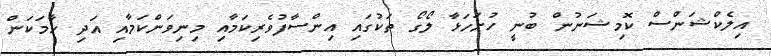
އިލެކްޝަންސް ކޮމިޝަނުން ބުނީ ހުށަހަޅާ ލޯގޯ ތަކުގައި އިންސާފުވެރިކަމާއި މިނިވަންކަމާއި އަދި ހާމަކަން